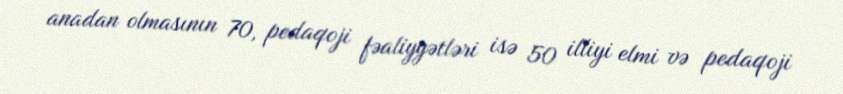
anadan olmasının 70, pedaqoji fəaliyyətləri isə 50 illiyi elmi və pedaqoji